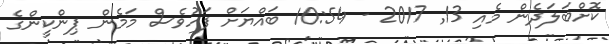
ކޮށްބަލަދެން މެއި 13